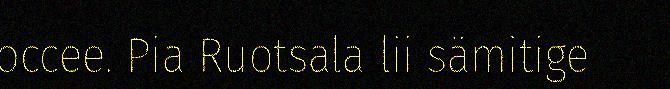
occee. Pia Ruotsala lii sämitige